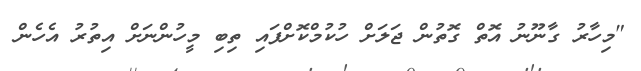
"މިހާރު ގާނޫނު އޮތް ގޮތުން ޖަލަށް ހުކުމްކޮށްފައި ތިބި މީހުންނަށް އިތުރު އެހެން